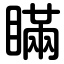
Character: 瞞